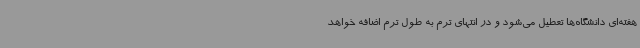
هفته‌ای دانشگاه‌ها تعطیل می‌شود و در انتهای ترم به طول ترم اضافه خواهد